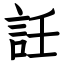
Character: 䚾